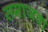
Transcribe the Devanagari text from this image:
समाजवा